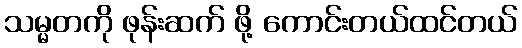
သမ္မတကို ဖုန်းဆက် ဖို့ ကောင်းတယ်ထင်တယ်